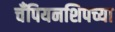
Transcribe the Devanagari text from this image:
चँपियनशिपच्या